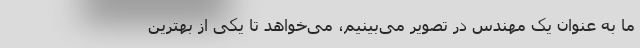
ما به عنوان یک مهندس در تصویر می‌بینیم، می‌خواهد تا یکی از بهترین